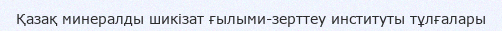
Қазақ минералды шикізат ғылыми-зерттеу институты тұлғалары